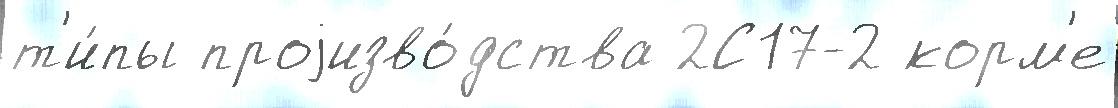
т'и́пы проjизво́дства 2С17-2 корм'е